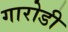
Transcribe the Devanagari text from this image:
गारोडी